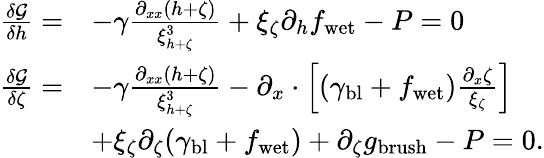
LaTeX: \begin{array}{rl}{\frac{\delta\mathcal{G}}{\delta h}=}&{-\gamma\frac{\partial_{xx}(h+\zeta)}{\xi_{h+\zeta}^{3}}+\xi_{\zeta}\partial_{h}f_{\mathrm{wet}}-P=0}\\ {\frac{\delta\mathcal{G}}{\delta\zeta}=}&{-\gamma\frac{\partial_{xx}(h+\zeta)}{\xi_{h+\zeta}^{3}}-\partial_{x}\cdot\left[(\gamma_{\mathrm{bl}}+f_{\mathrm{wet}})\frac{\partial_{x}\zeta}{\xi_{\zeta}}\right]}\\ &{+\xi_{\zeta}\partial_{\zeta}(\gamma_{\mathrm{bl}}+f_{\mathrm{wet}})+\partial_{\zeta}g_{\mathrm{brush}}-P=0.}\end{array}